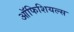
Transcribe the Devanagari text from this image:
ऑफिशियल्स